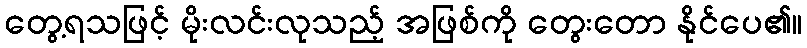
တွေ့ရသဖြင့် မိုးလင်းလုသည့် အဖြစ်ကို တွေးတော နိုင်ပေ၏။